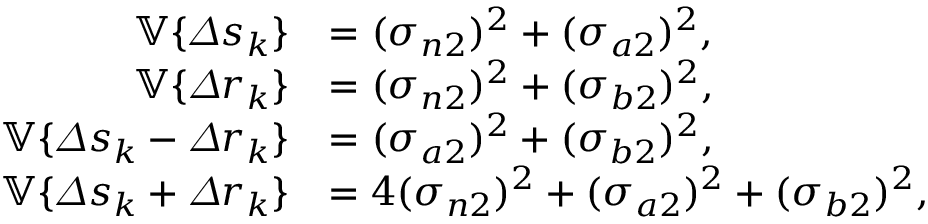
\begin{array} { r l } { \mathbb { V } \{ \varDelta s _ { k } \} } & { = ( \sigma _ { n 2 } ) ^ { 2 } + ( \sigma _ { a 2 } ) ^ { 2 } , } \\ { \mathbb { V } \{ \varDelta r _ { k } \} } & { = ( \sigma _ { n 2 } ) ^ { 2 } + ( \sigma _ { b 2 } ) ^ { 2 } , } \\ { \mathbb { V } \{ \varDelta s _ { k } - \varDelta r _ { k } \} } & { = ( \sigma _ { a 2 } ) ^ { 2 } + ( \sigma _ { b 2 } ) ^ { 2 } , } \\ { \mathbb { V } \{ \varDelta s _ { k } + \varDelta r _ { k } \} } & { = 4 ( \sigma _ { n 2 } ) ^ { 2 } + ( \sigma _ { a 2 } ) ^ { 2 } + ( \sigma _ { b 2 } ) ^ { 2 } , } \end{array}